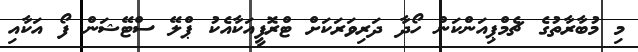
މި މުބާރާތުގެ ޗެމްޕިއަންކަން ހޯދާ ދަރިވަރަކަށް ޓްރޮފީއަކާއެކު ޕްލޭ ސްޓޭޝަން ފޯ އަކާއި